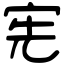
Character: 宪